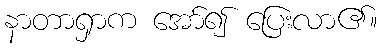
နာတာရှာက အော်၍ ပြေးလာ၏။